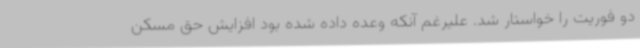
دو فوریت را خواستار شد. علیرغم آنکه وعده داده شده بود افزایش حق مسکن